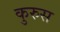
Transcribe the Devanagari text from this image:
कुरुस